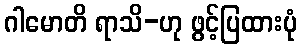
ဂါမောတိ ရာသိ-ဟု ဖွင့်ပြထားပုံ